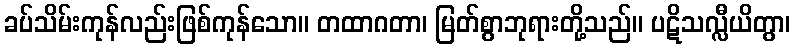
ခပ်သိမ်းကုန်လည်းဖြစ်ကုန်သော။ တထာဂတာ၊ မြတ်စွာဘုရားတို့သည်။ ပဋိသလ္လီယိတွာ၊